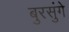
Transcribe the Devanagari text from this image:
बुरसुंगे